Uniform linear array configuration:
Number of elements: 48
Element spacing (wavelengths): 0.75
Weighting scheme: cosine
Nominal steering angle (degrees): -15
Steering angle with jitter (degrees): -15.606
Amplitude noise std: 0.05
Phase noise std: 0.05

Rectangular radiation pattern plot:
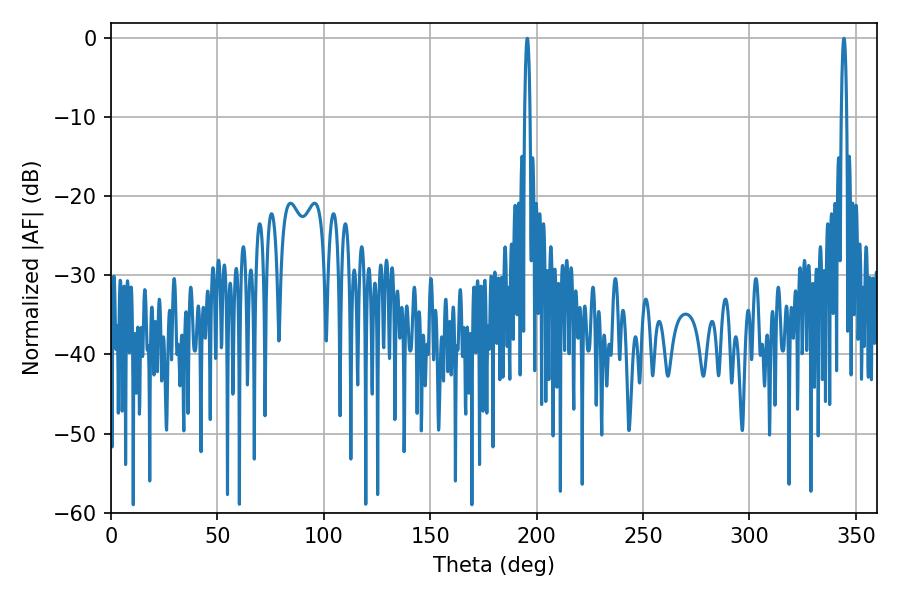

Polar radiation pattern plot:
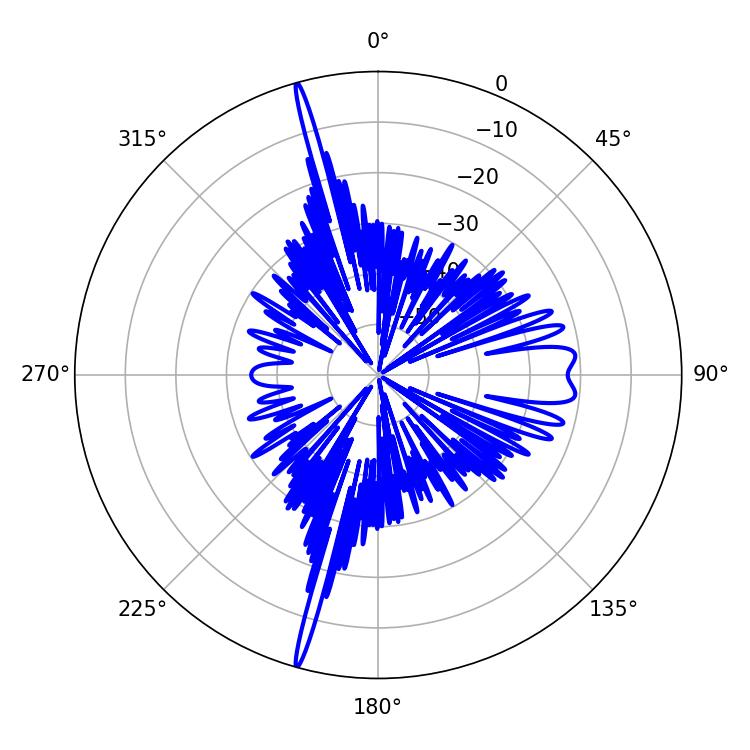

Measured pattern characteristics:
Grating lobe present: TRUE
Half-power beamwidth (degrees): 1.26
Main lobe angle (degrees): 344.34